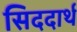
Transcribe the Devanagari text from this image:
सिददार्थ